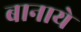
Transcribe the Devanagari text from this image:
बानाये